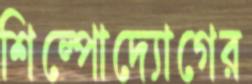
শিল্পোদ্যোগের